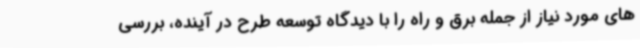
های مورد نیاز از جمله برق و راه را با دیدگاه توسعه طرح در آینده، بررسی